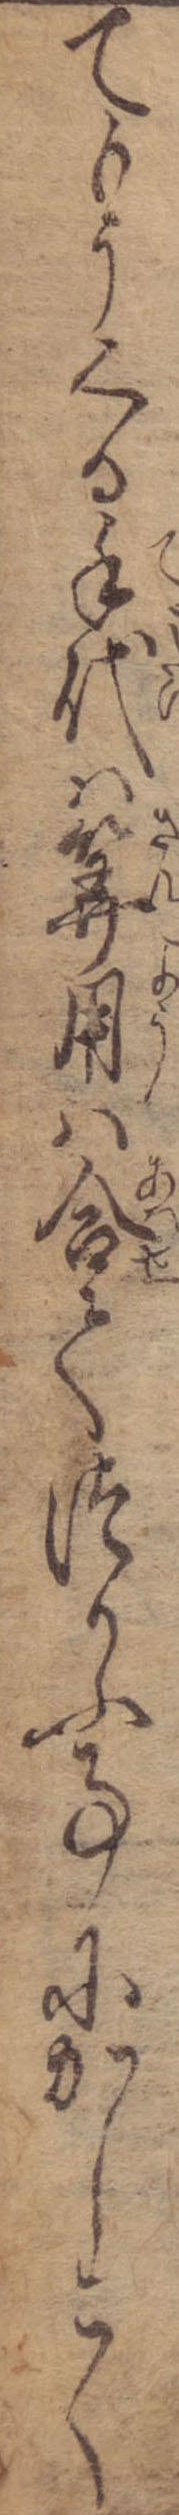
てもうくる手代は算用は合てつかふ事にかしこく